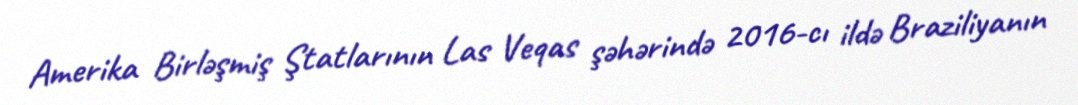
Amerika Birləşmiş Ştatlarının Las Veqas şəhərində 2016-cı ildə Braziliyanın